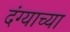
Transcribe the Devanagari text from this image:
दंग्याच्या